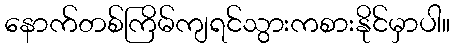
နောက်တစ်ကြိမ်ကျရင်သွားကစားနိုင်မှာပါ။